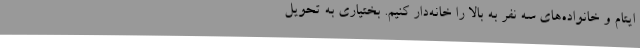
ایتام و خانواده‌های سه نفر به بالا را خانه‌دار کنیم. بختیاری به تحویل